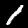
Label: 1